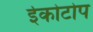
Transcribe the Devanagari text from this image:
ईकोटोप